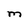
Character: M